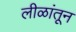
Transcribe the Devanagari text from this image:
लीळांतून